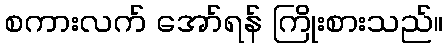
စကားလက် အော်ရန် ကြိုးစားသည်။